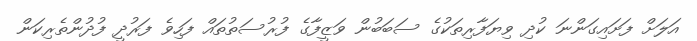
އަލަށް ފަށައިގަންނަ ކުދި ވިޔަފާރިތަކުގެ ސަބަބުން ވަޒީފާގެ ފުރުސަތުތައް ފަހިވެ ފަރުދީ ފުދުންތެރިކަން